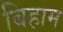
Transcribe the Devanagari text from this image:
बिहाम